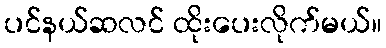
ပင်နယ်ဆလင် ထိုးပေးလိုက်မယ်။